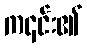
က၎င်း၏